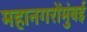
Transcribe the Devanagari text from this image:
महानगरोंमुंबई